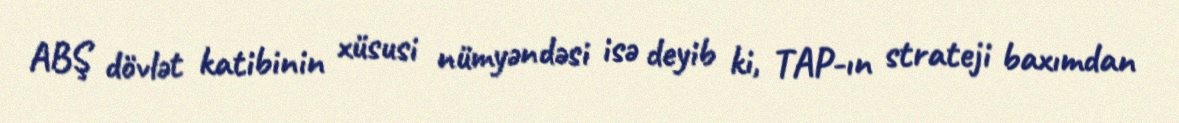
ABŞ dövlət katibinin xüsusi nümyəndəsi isə deyib ki, TAP-ın strateji baxımdan